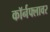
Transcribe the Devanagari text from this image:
कॉर्नफ्लावर